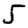
Digit: 5